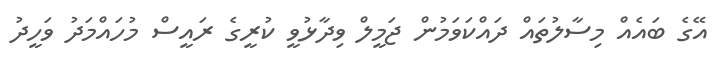
އޭގެ ބައެއް މިސާލުތައް ދައްކަވަމުން ޖަމީލް ވިދާޅުވީ ކުރީގެ ރައީސް މުހައްމަދު ވަހީދު